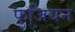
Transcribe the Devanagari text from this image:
फुजियन